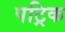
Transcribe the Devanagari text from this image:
पट्रिक